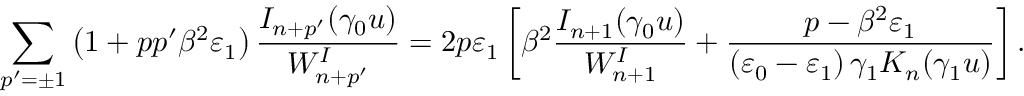
\sum _ { p ^ { \prime } = \pm 1 } \left( 1 + p p ^ { \prime } \beta ^ { 2 } \varepsilon _ { 1 } \right) \frac { I _ { n + p ^ { \prime } } ( \gamma _ { 0 } u ) } { W _ { n + p ^ { \prime } } ^ { I } } = 2 p \varepsilon _ { 1 } \left[ \beta ^ { 2 } \frac { I _ { n + 1 } ( \gamma _ { 0 } u ) } { W _ { n + 1 } ^ { I } } + \frac { p - \beta ^ { 2 } \varepsilon _ { 1 } } { \left( \varepsilon _ { 0 } - \varepsilon _ { 1 } \right) \gamma _ { 1 } K _ { n } ( \gamma _ { 1 } u ) } \right] .